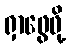
ရှာဖွေဖို့